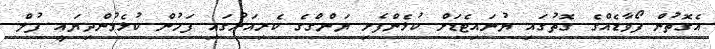
އެގޮތުން ފޯވާޑެއްގެ ގޮތުގައި ޔުނައިޓެޑަށް ކުޅެންފެށި ޔަންގްގެ ކެރިއަރުގައި ފަހުން ކުޅެމުންދިޔައީ ފުލް